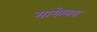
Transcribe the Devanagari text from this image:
मामेश्‍वरा